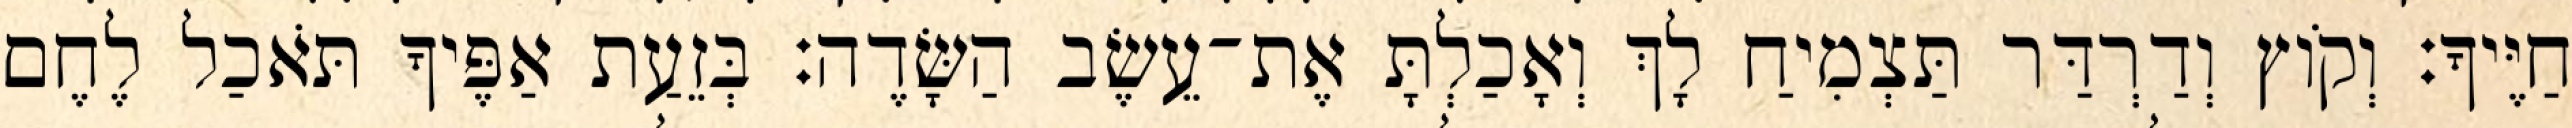
חַיֶּיךָ׃ וְקֹוץ וְדַרְדַּר תַּצְמִיחַ לָךְ וְאָכַלְתָּ אֶת־עֵשֶׂב הַשָּׂדֶה׃ בְּזֵעַת אַפֶּיךָ תֹּאכַל לֶחֶם